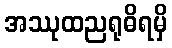
အဿုထညရုဓိရမှိ